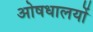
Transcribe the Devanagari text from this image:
ओषधालयों